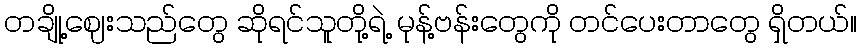
တချို့ဈေးသည်တွေ ဆိုရင်သူတို့ရဲ့ မုန့်ဗန်းတွေကို တင်ပေးတာတွေ ရှိတယ်။